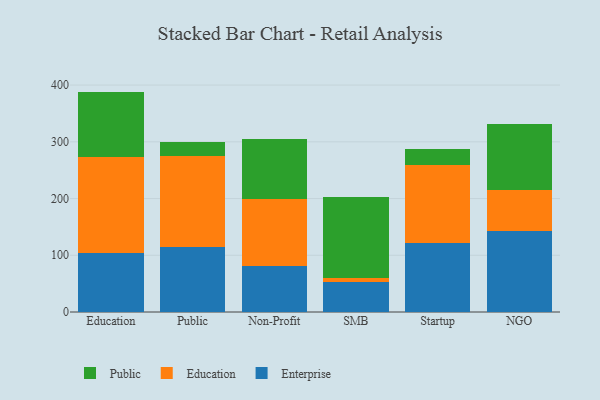
{"axis": {"x": "Segment", "y": "Headcount"}, "legend": ["Education", "Enterprise", "Public"], "data": [{"x": "Education", "y": 103.9, "type": "Enterprise"}, {"x": "Education", "y": 169.8, "type": "Education"}, {"x": "Education", "y": 114.8, "type": "Public"}, {"x": "Public", "y": 114.2, "type": "Enterprise"}, {"x": "Public", "y": 160.1, "type": "Education"}, {"x": "Public", "y": 24.9, "type": "Public"}, {"x": "Non-Profit", "y": 80.4, "type": "Enterprise"}, {"x": "Non-Profit", "y": 118.7, "type": "Education"}, {"x": "Non-Profit", "y": 105.9, "type": "Public"}, {"x": "SMB", "y": 52.9, "type": "Enterprise"}, {"x": "SMB", "y": 7.1, "type": "Education"}, {"x": "SMB", "y": 143.4, "type": "Public"}, {"x": "Startup", "y": 122.4, "type": "Enterprise"}, {"x": "Startup", "y": 137.5, "type": "Education"}, {"x": "Startup", "y": 26.9, "type": "Public"}, {"x": "NGO", "y": 143.0, "type": "Enterprise"}, {"x": "NGO", "y": 71.5, "type": "Education"}, {"x": "NGO", "y": 116.4, "type": "Public"}]}